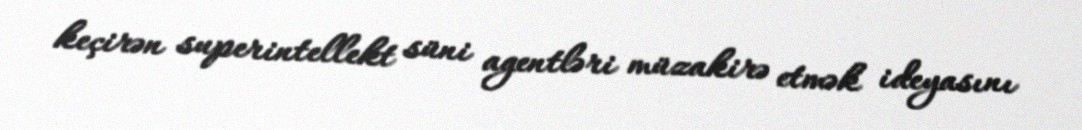
keçirən superintellekt süni agentləri müzakirə etmək ideyasını